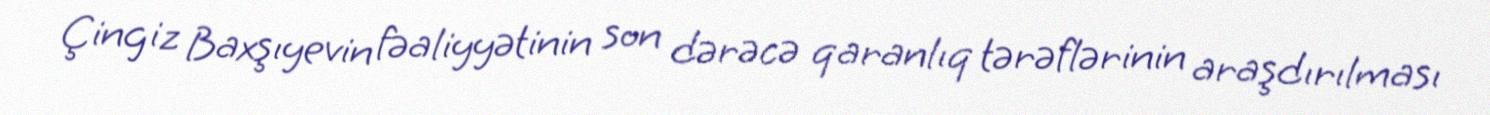
Çingiz Baxşıyevin fəaliyyətinin son dərəcə qaranlıq tərəflərinin araşdırılması